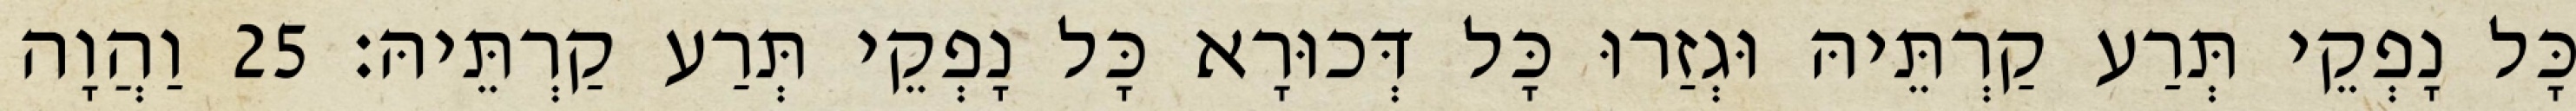
כָּל נָפְקֵי תְּרַע קַרְתֵּיהּ וּגְזַרוּ כָּל דְּכוּרָא כָּל נָפְקֵי תְּרַע קַרְתֵּיהּ׃ 25 וַהֲוָה